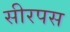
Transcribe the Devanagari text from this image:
सीरपस